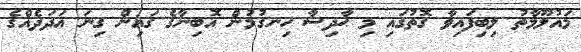
މައުލޫމާތު ލިބިފައިވާ ގޮތުގައި މި ޙާދިސާ ހިނގުމުން އޮބިނާގެ ގައިން ގިނަ އަދަދެއްގެ